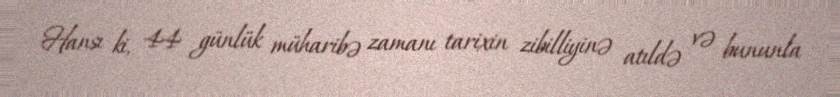
Hansı ki, 44 günlük müharibə zamanı tarixin zibilliyinə atıldə və bununla